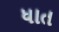
ધાત